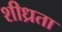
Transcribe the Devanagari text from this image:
शीध्रता